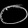
Digit: ၀